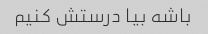
باشه بیا درستش کنیم